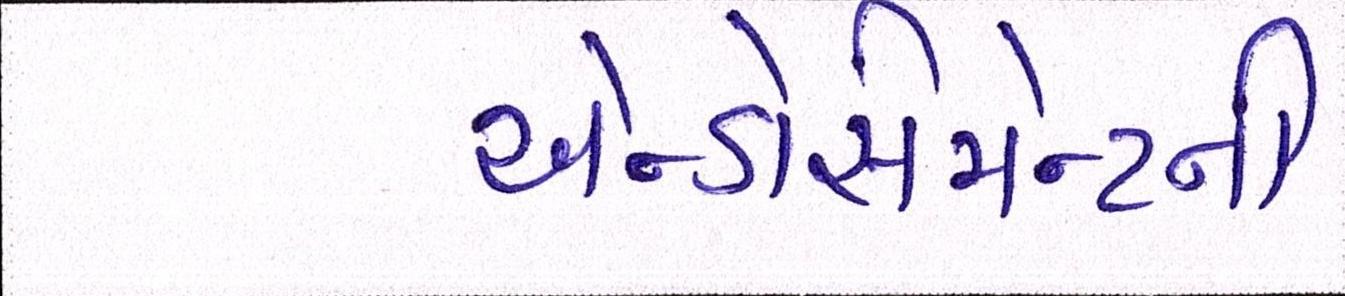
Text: એન્ડોર્સમેન્ટની